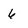
Character: 6